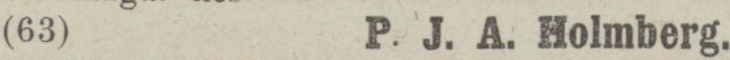
(63)    P. J. A. Holmberg.